Vana-Vandra_vallavalitsus, lk 44
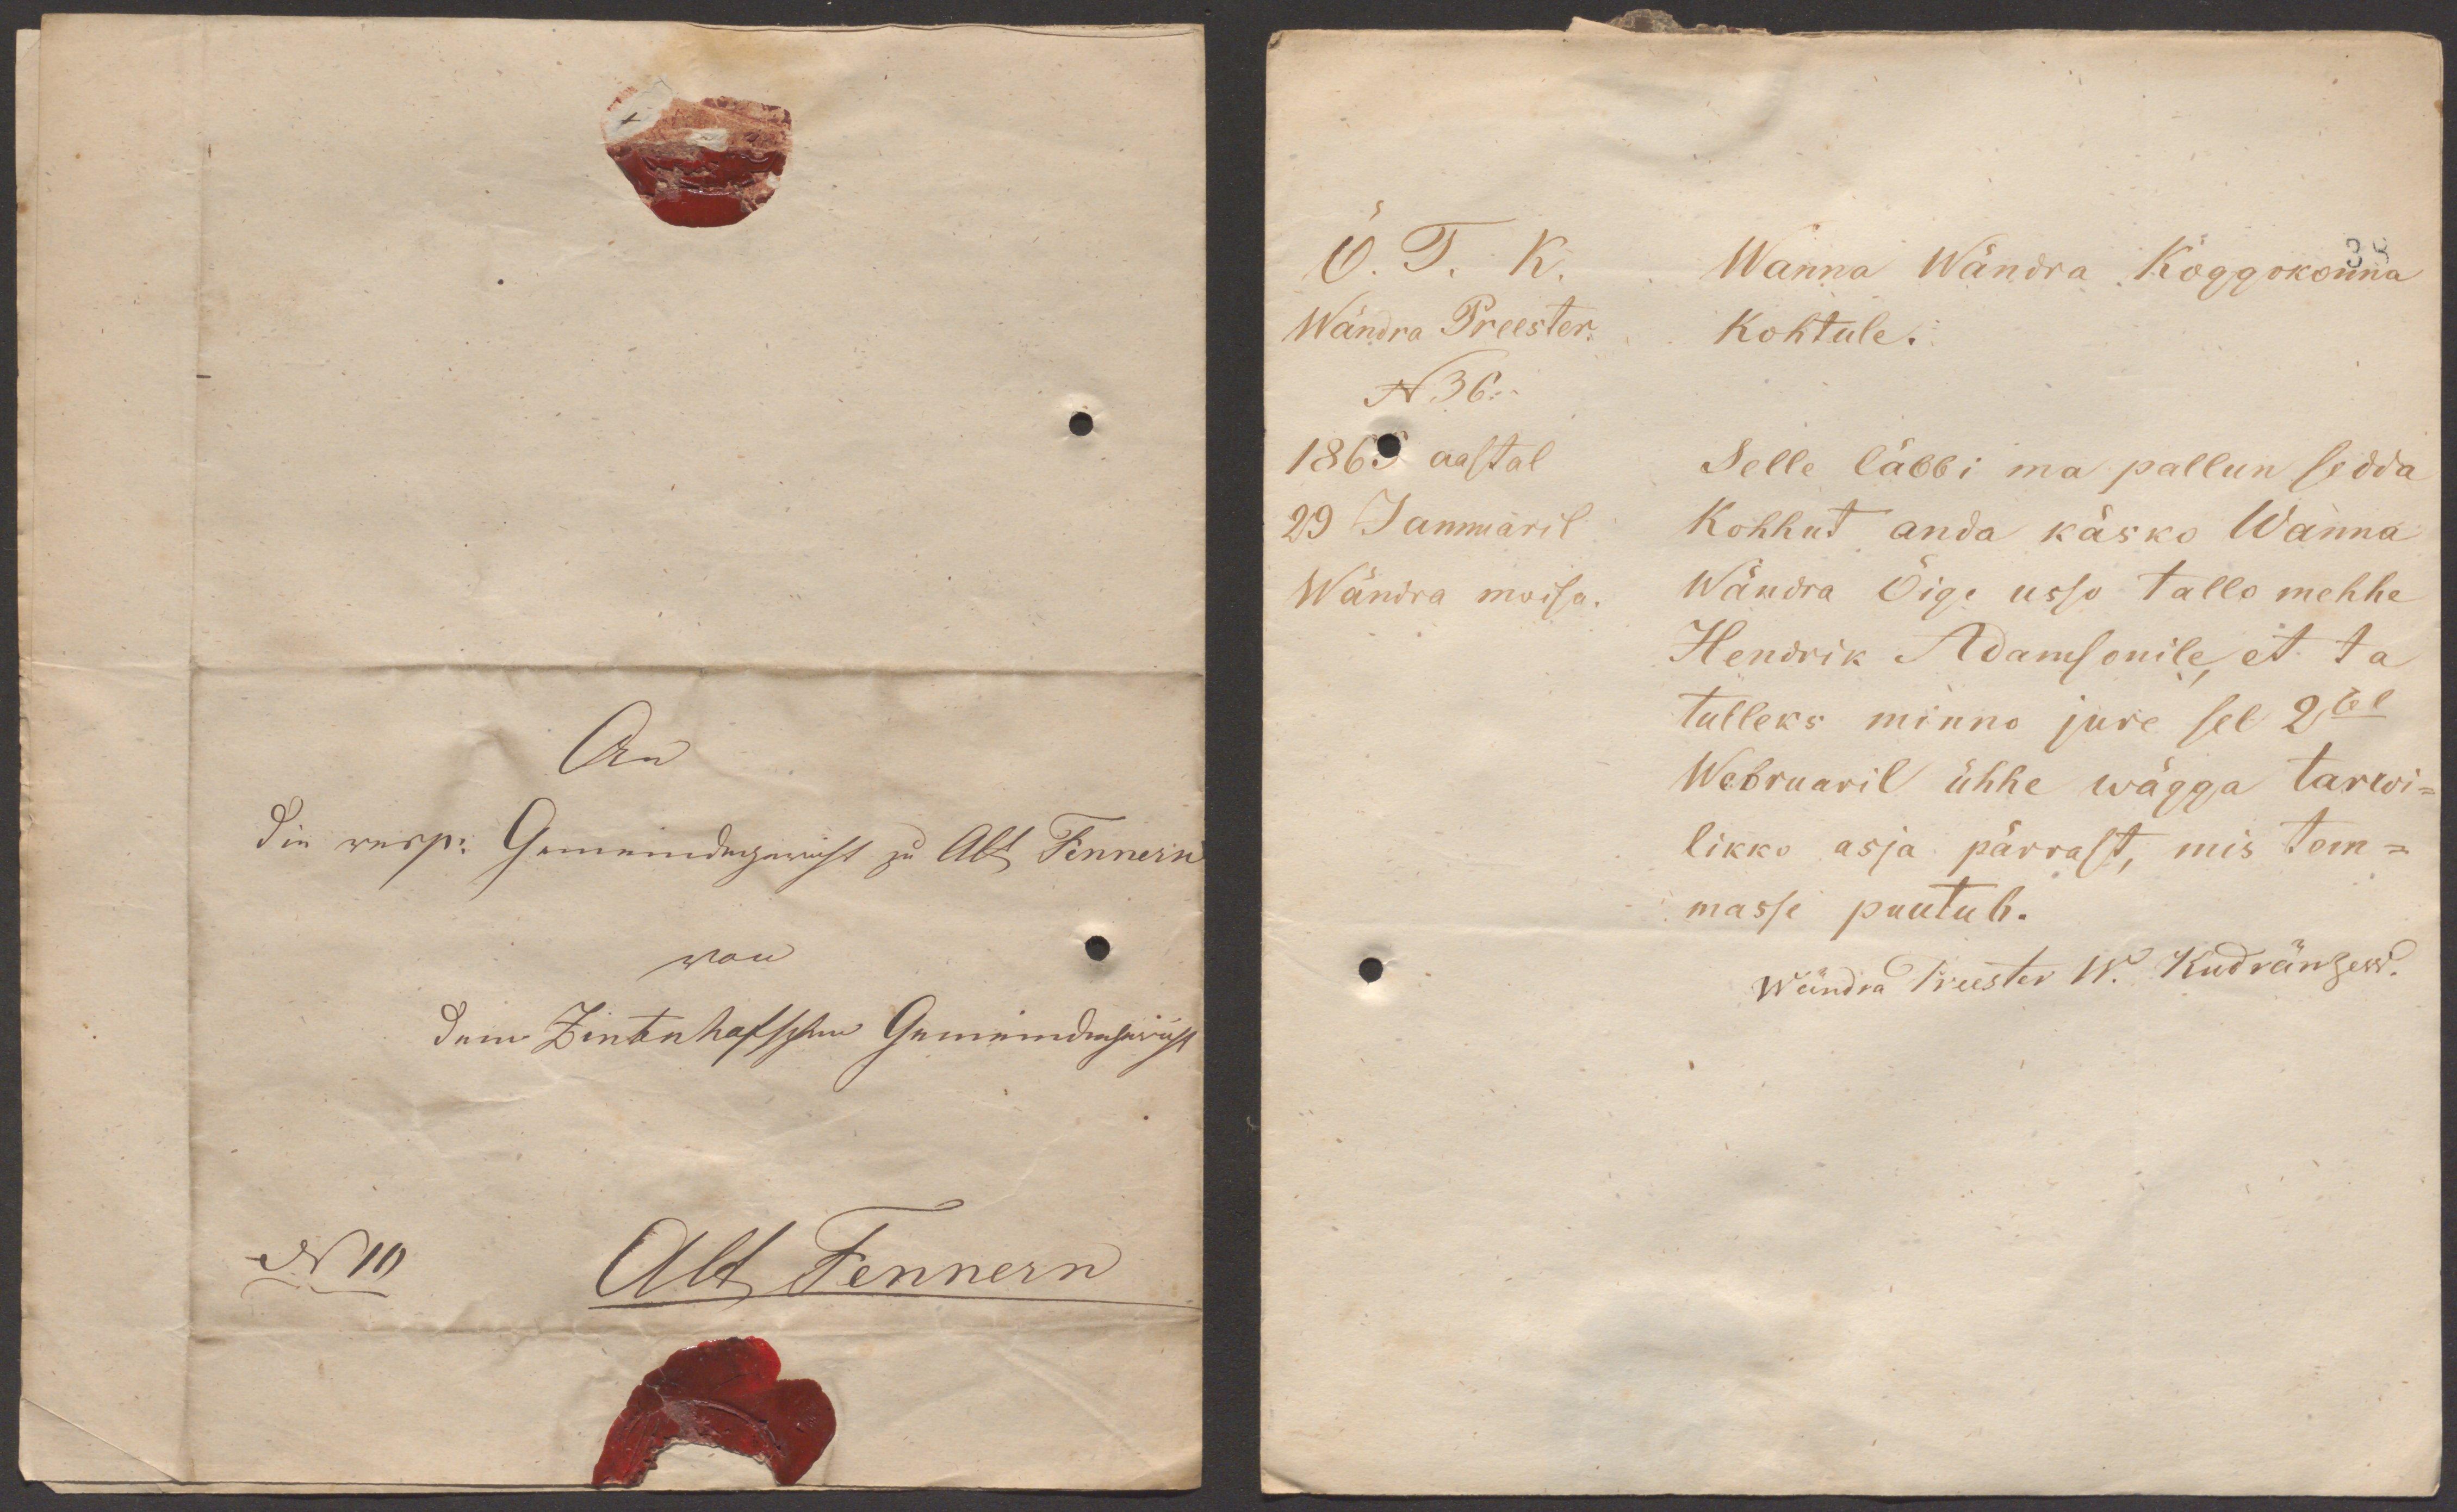
Õ. T. K.
Wanna Wändra Koggokonna
Wändra Preester.
Kohtule.
N36.
1869 aastal
Selle läbbi ma pallun sedda
29 Januaril
Kohhut anda käsko Wanna
Wändra moisa
Wändra Õigeusso tallo mehhe
Hendrik Adamsonile, et ta
tulleks minno jure sel 2sel
Webruaril ühhe wägga tarwi-
likko asja pärrast, mis tem-
masse puutub.
Wändra Preester W. Kudränzew.